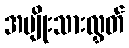
အမျိုးသားလွှတ်